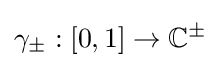
\gamma _{\pm }:[0,1]\to \mathbb {C} ^{\pm }